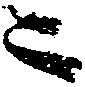
ニ